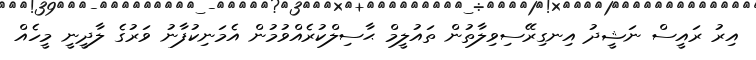
އިރު ރައީސް ނަޝީދު އިނގިރޭސިވިލާތުން ތައުލީމް ޙާސިލްކުރެއްވުމުން އެމަނިކުފާނު ވަރުގެ ލާދީނީ މީހެއް